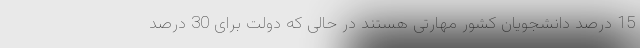
15 درصد دانشجویان کشور مهارتی هستند در حالی که دولت برای 30 درصد